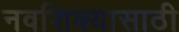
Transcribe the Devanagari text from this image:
नवशिक्यासाठी